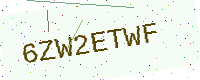
Text: 6ZW2ETWF